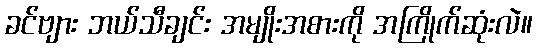
ခင်ဗျား ဘယ်သီချင်း အမျိုးအစားကို အကြိုက်ဆုံးလဲ။